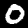
Label: 0